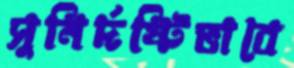
সুনির্দষ্টিভাবে